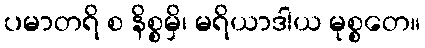
ပမာတရိ စ နိစ္စမှိ၊ မရိယာဒါယ မုစ္စတေ။